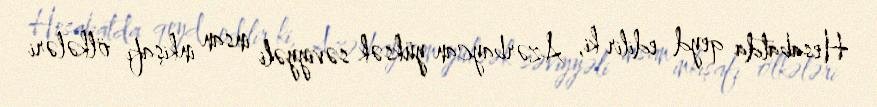
Hesabatda qeyd edilir ki, Azərbaycan yüksək səviyyəli insan inkişafı ölkələri